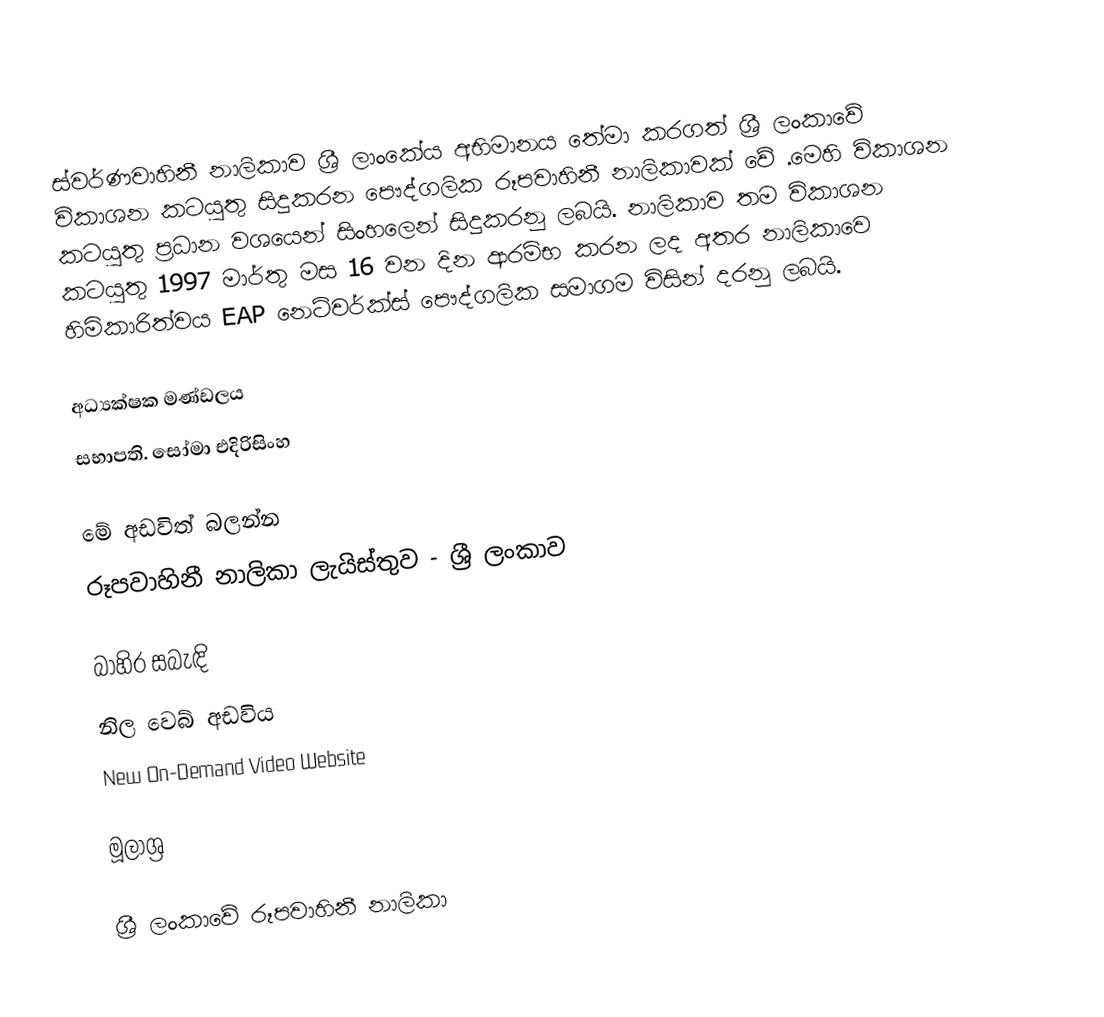
ස්වර්ණවාහිනී නාලිකාව ශ්‍රී ලාංකේය  අභිමානය තේමා කරගත් ශ්‍රී ලංකාවේ  විකාශන කටයුතු සිදුකරන පෞද්ගලික රූපවාහිනී නාලිකාවක් වේ .මෙහි විකාශන කටයුතු ප්‍රධාන වශයෙන් සිංහලෙන් සිදුකරනු ලබයි. නාලිකාව තම විකාශන කටයුතු 1997 මාර්තු මස 16 වන දින ආරම්භ කරන ලද අතර නාලිකාවෙ හිමිකාරිත්වය EAP නෙට්වර්ක්ස් පෞද්ගලික සමාගම විසින් දරනු ලබයි.

අධ්‍යක්ෂක මණ්ඩලය
සභාපති. සෝමා එදිරිසිංහ

මේ අඩවිත් බලන්න
 රූපවාහිනී නාලිකා ලැයිස්තුව - ශ්‍රී ලංකාව

බාහිර සබැඳි
 නිල වෙබ් අඩවිය
 New On-Demand Video Website

මූලාශ්‍ර

ශ්‍රී ලංකාවේ රූපවාහිනී නාලිකා